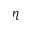
\eta